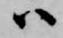
ハ